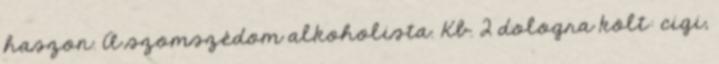
haszon. A szomszédom alkoholista. Kb. 2 dologra költ: cigi,